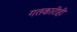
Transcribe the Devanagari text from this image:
गतकारीही